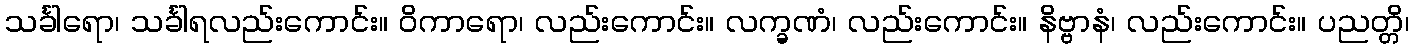
သင်္ခါရော၊ သင်္ခါရလည်းကောင်း။ ဝိကာရော၊ လည်းကောင်း။ လက္ခဏံ၊ လည်းကောင်း။ နိဗ္ဗာနံ၊ လည်းကောင်း။ ပညတ္တိ၊